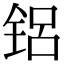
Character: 铝